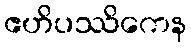
ဧဟိပဿိကေန